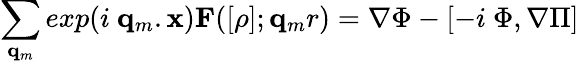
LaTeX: \sum_{{\mathbf{q}}_{m}}exp(i{\mathrm{~}}{\mathbf{q}}_{m}.{\mathbf{x}}){\mathbf{F}}([\rho];{\mathbf{q}}_{m}r)=\nabla\Phi-[-i\mathrm{~}\Phi,\nabla\Pi]